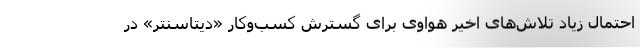
احتمال زیاد تلاش‌های اخیر هواوی برای گسترش کسب‌وکار «دیتاسنتر» در